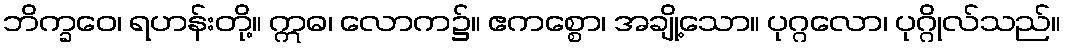
ဘိက္ခဝေ၊ ရဟန်းတို့။ ဣဓ၊ လောက၌။ ဧကစ္စော၊ အချို့သော။ ပုဂ္ဂလော၊ ပုဂ္ဂိုလ်သည်။